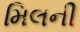
મિલની